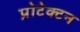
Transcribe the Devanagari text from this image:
प्रोटेक्टन